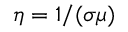
\eta = 1 / ( \sigma \mu )